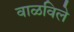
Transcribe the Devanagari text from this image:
वाळविले